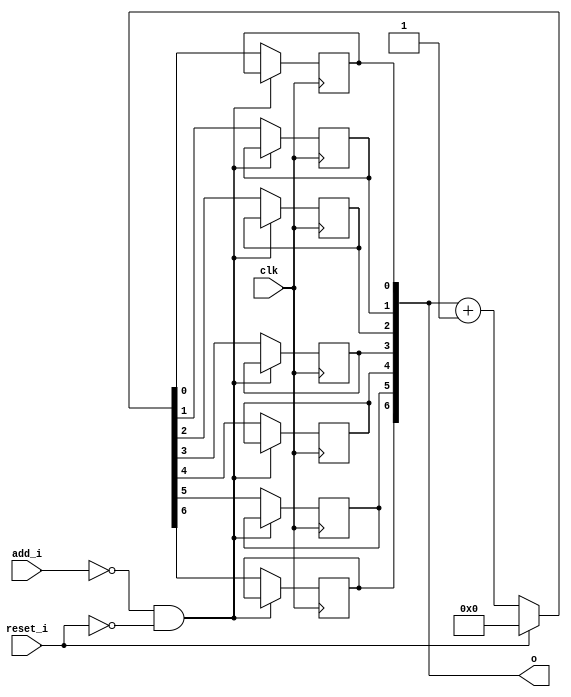
module bsg_circular_ptr_slots_p128_max_add_p1
(
  clk,
  reset_i,
  add_i,
  o
);

  input [0:0] add_i;
  output [6:0] o;
  input clk;
  input reset_i;
  wire N0,N1,N2,N3,N4,N5,N6,N7,N8,N9,N10,N11,N12;
  wire [6:0] genblk1_genblk1_ptr_r_p1;
  reg [6:0] o;

  always @(posedge clk) begin
    if(N12) begin
      o[6] <= N9;
    end 
  end


  always @(posedge clk) begin
    if(N12) begin
      o[5] <= N8;
    end 
  end


  always @(posedge clk) begin
    if(N12) begin
      o[4] <= N7;
    end 
  end


  always @(posedge clk) begin
    if(N12) begin
      o[3] <= N6;
    end 
  end


  always @(posedge clk) begin
    if(N12) begin
      o[2] <= N5;
    end 
  end


  always @(posedge clk) begin
    if(N12) begin
      o[1] <= N4;
    end 
  end


  always @(posedge clk) begin
    if(N12) begin
      o[0] <= N3;
    end 
  end

  assign genblk1_genblk1_ptr_r_p1 = o + 1'b1;
  assign { N9, N8, N7, N6, N5, N4, N3 } = (N0)? { 1'b0, 1'b0, 1'b0, 1'b0, 1'b0, 1'b0, 1'b0 } : 
                                          (N1)? genblk1_genblk1_ptr_r_p1 : 1'b0;
  assign N0 = reset_i;
  assign N1 = N2;
  assign N2 = ~reset_i;
  assign N10 = ~add_i[0];
  assign N11 = N10 & N2;
  assign N12 = ~N11;

endmodule